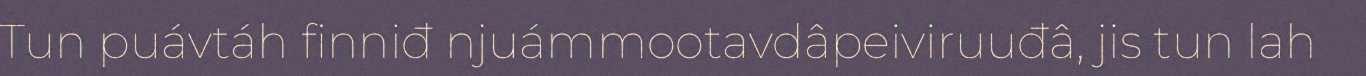
Tun puávtáh finniđ njuámmootavdâpeiviruuđâ, jis tun lah